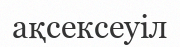
ақсексеуіл